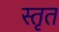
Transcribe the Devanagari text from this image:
स्तृत